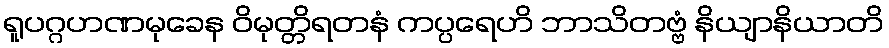
ရူပဂ္ဂဟဏမုခေန ဝိမုတ္တိရတနံ ကပ္ပရေဟိ ဘာသိတဗ္ဗံ နိယျာနိယာတိ